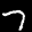
Label: 7